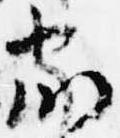
家